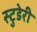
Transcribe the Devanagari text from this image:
स्टुडेरी